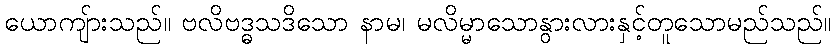
ယောကျ်ားသည်။ ဗလိဗဒ္ဓသဒိသော နာမ၊ မလိမ္မာသောနွားလားနှင့်တူသောမည်သည်။